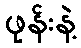
ဖုန်းနဲ့